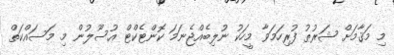
މި މަޤާމަށް ޝަރުޠު ފުރިހަމަވާ މީހަކު ނުލިބެއްޖެނަމަ ކޮންޓެކްޓް އުސޫލުން މި މަސައްކަތް